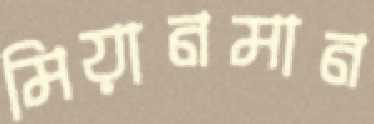
মিয়ানমান